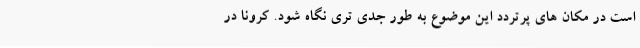
است در مکان های پرتردد این موضوع به طور جدی تری نگاه شود. کرونا در